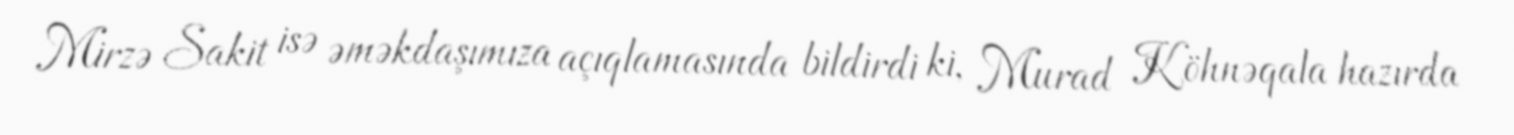
Mirzə Sakit isə əməkdaşımıza açıqlamasında bildirdi ki, Murad Köhnəqala hazırda